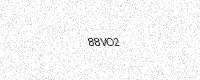
Text: 88VO2